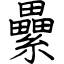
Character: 纍